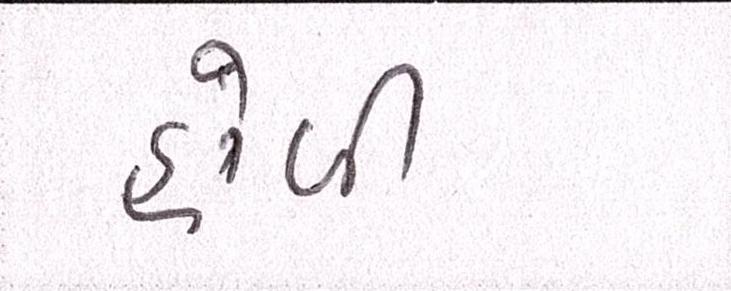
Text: હોળી